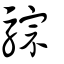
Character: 騌